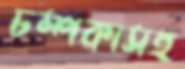
চম্পকাসহ